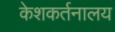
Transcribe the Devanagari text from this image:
केशकर्तनालय